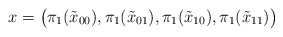
\begin{align*}x = \bigl(\pi_1(\tilde{x}_{00}),\pi_1(\tilde{x}_{01}),\pi_1(\tilde{x}_{10}),\pi_1(\tilde{x}_{11})\bigr)\end{align*}